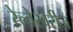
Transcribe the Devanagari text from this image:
रेल्वेखेरीज